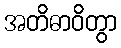
အတိဓာဝိတွာ